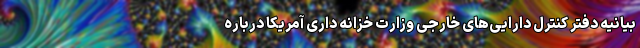
بیانیه دفتر کنترل دارایی‌های خارجی وزارت خزانه داری آمریکا درباره